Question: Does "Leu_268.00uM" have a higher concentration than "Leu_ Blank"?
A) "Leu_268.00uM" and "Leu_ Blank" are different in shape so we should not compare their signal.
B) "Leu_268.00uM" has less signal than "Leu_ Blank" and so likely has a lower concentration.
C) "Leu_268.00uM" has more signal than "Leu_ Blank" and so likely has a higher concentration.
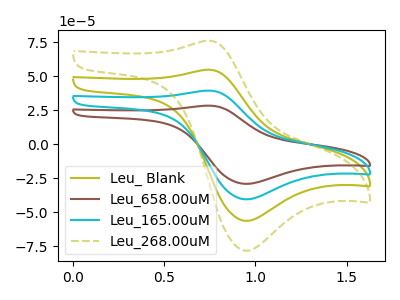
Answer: <think>The olive curve "Leu_ Blank" has an anodic peak at (0.75V, 54.75uA) and a cathodic peak at (0.95V, -56.45uA). The brown curve "Leu_658.00uM" has an anodic peak at (0.75V, 164.30uA) and a cathodic peak at (0.95V, -169.30uA). The cyan curve "Leu_165.00uM" has an anodic peak at (0.75V, 109.55uA) and a cathodic peak at (0.95V, -112.85uA). The olive dashed curve "Leu_268.00uM" has an anodic peak at (0.75V, 76.15uA) and a cathodic peak at (0.95V, -78.45uA).
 All the peaks in "Leu_268.00uM" have a peak in "Leu_ Blank" at the same potential. Every peak in "Leu_268.00uM" is higher than every peak in "Leu_ Blank".</think>
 <answer>C) "Leu_268.00uM" has more signal than "Leu_ Blank" and so likely has a higher concentration.</answer>
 <eval>C</eval>